Scottish Leaving Certificate Examination, 1959
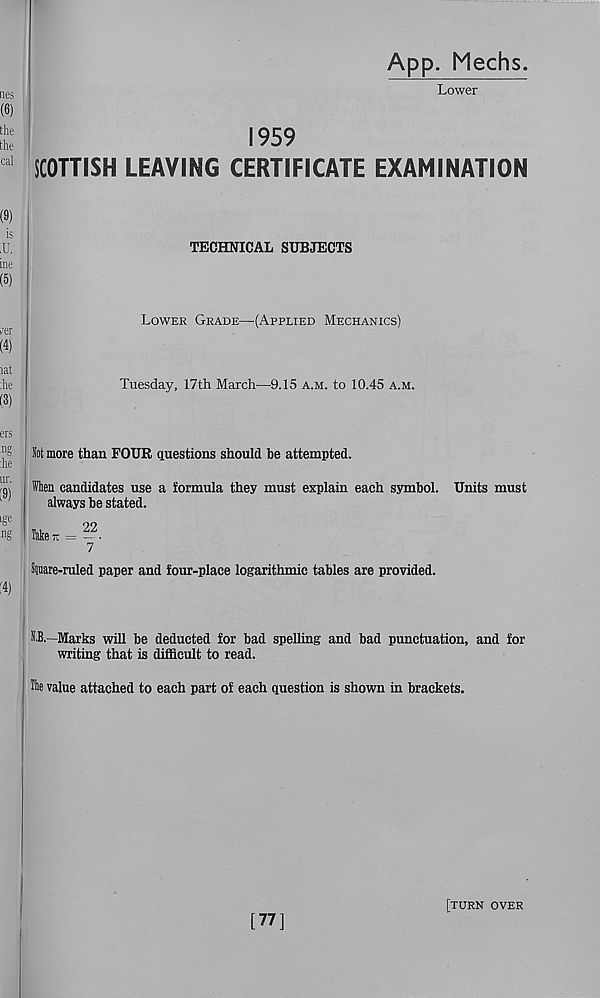
App. Mechs.
Lower
1959
SCOTTISH LEAVING CERTIFICATE EXAMINATION
TECHNICAL SUBJECTS
Lower Grade—(Applied Mechanics)
Tuesday, 17th March—9.15 a.m. to 10.45 a.m.
lot more than FOUR questions should be attempted.
When candidates use a formula they must explain each symbol,
always be stated.
fate* = -•
7
Siuare-ruled paper and four-place logarithmic tables are provided.
Units must
SB.—Marks will be deducted for bad spelling and bad punctuation, and for
writing that is difficult to read.
Ihe value attached to each part of each question is shown in brackets.
[77]
[TURN OVER